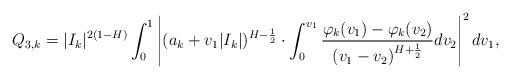
LaTeX: \begin{align*}Q_{3,k}&=|I_{k}|^{2(1-H)}\int_{0}^{1}\left|(a_{k}+v_1|I_{k}|)^{H-\frac{1}{2}} \cdot\int_{0}^{v_1}\frac{\varphi_k(v_1)-\varphi_k(v_2)}{\left(v_1-v_2\right)^{H+\frac{1}{2}}}dv_2\right|^{2}dv_1,\end{align*}